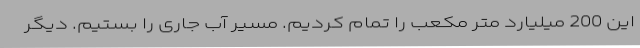
این 200 میلیارد متر مکعب را تمام کردیم. مسیر آب جاری را بستیم. دیگر